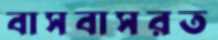
বাসবাসরত